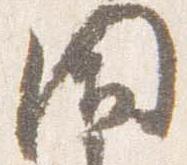
閉